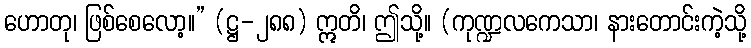
ဟောတု၊ ဖြစ်စေလော့။” (ဋ္ဌ-၂၈၈) ဣတိ၊ ဤသို့။ (ကုဏ္ဍလကေသာ၊ နားတောင်းကဲ့သို့